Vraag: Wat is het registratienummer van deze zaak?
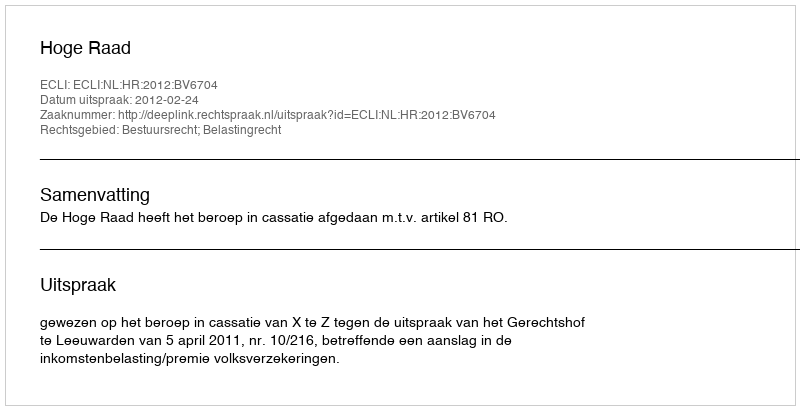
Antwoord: http://deeplink.rechtspraak.nl/uitspraak?id=ECLI:NL:HR:2012:BV6704